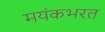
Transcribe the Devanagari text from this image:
मयंकभरत